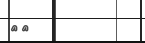
٧١